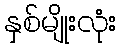
နှစ်မျိုးလုံး